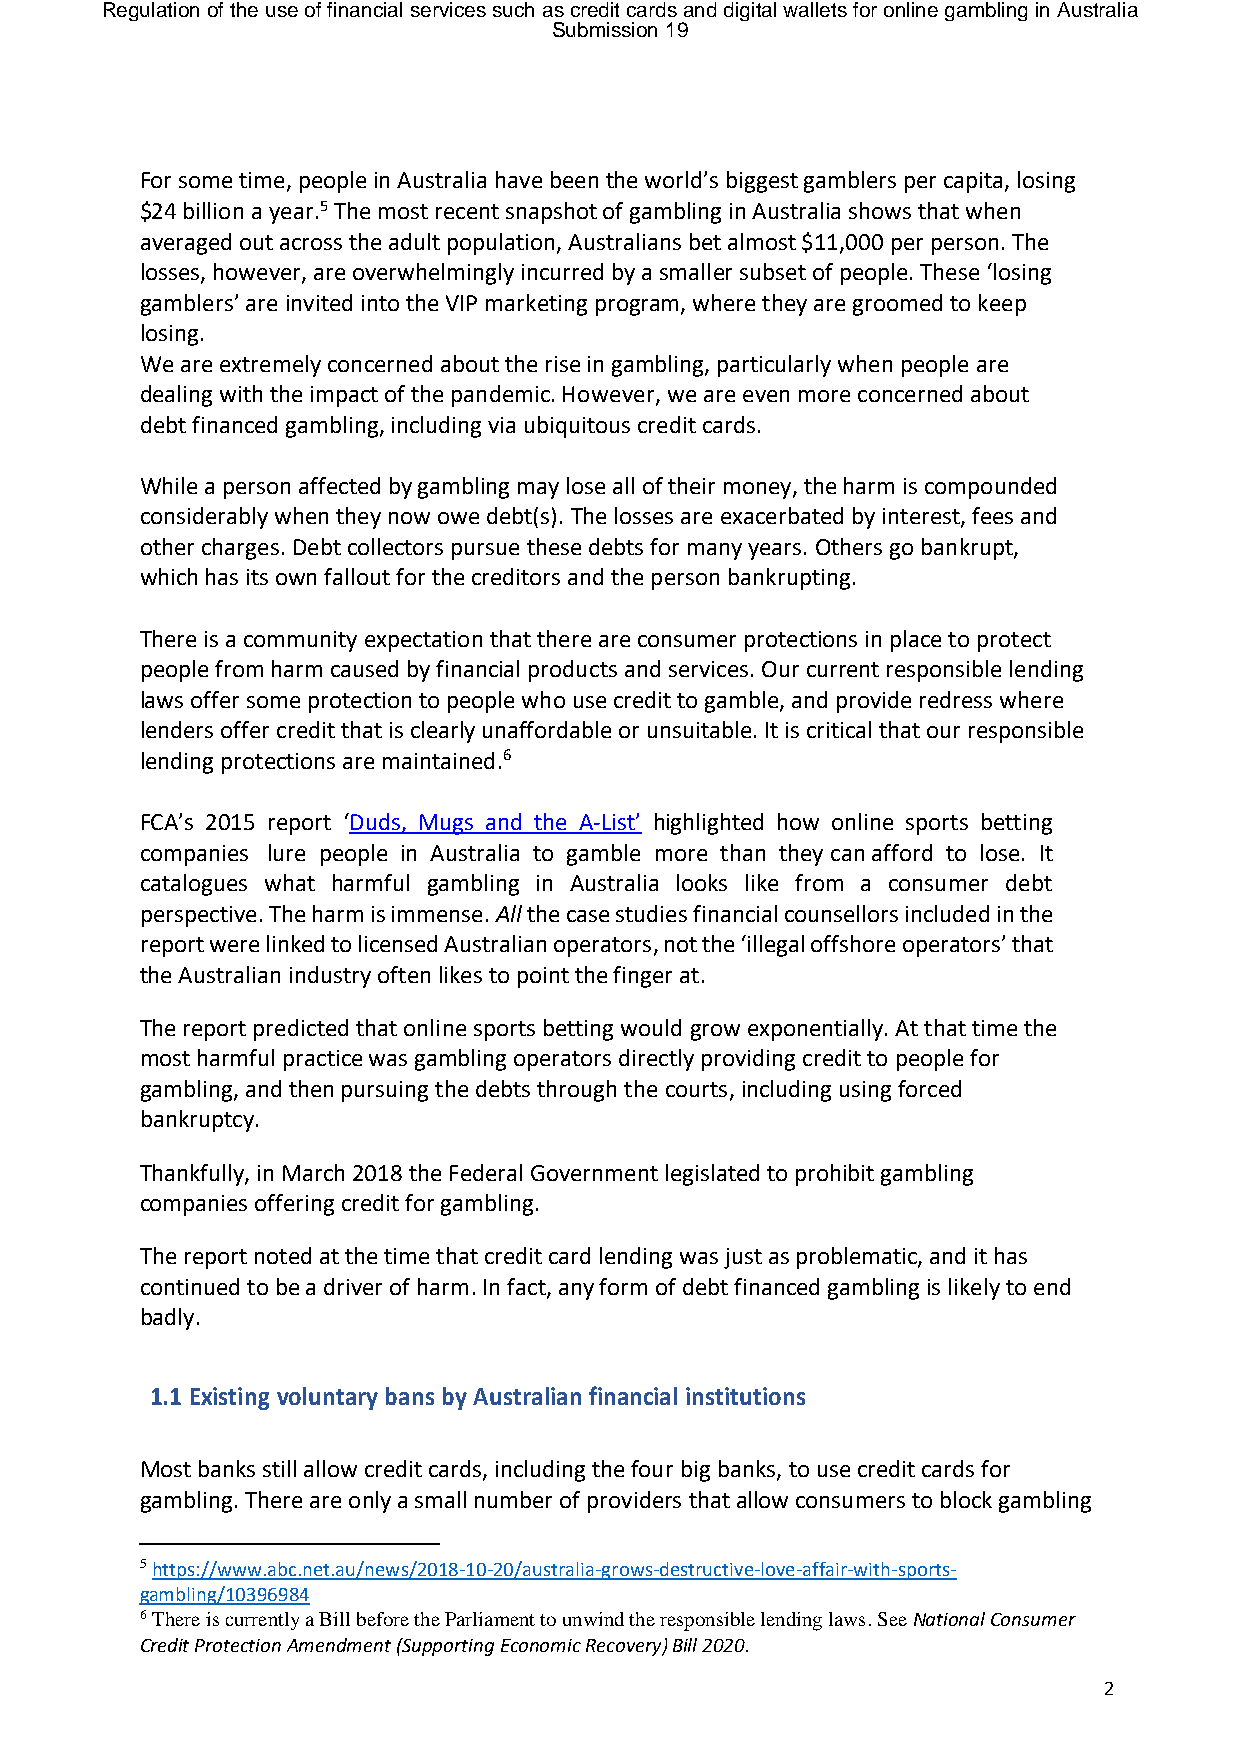
Regulation of the use of financial services such as credit cards and digital wallets for online gambling in Australia
 Submission 19
 For some time, people in Australia have been the world’s biggest gamblers per capita, losing
 $24 billion a year.5 The most recent snapshot of gambling in Australia shows that when
 averaged out across the adult population, Australians bet almost $11,000 per person. The
 losses, however, are overwhelmingly incurred by a smaller subset of people. These ‘losing
 gamblers’ are invited into the VIP marketing program, where they are groomed to keep
 losing.
 We are extremely concerned about the rise in gambling, particularly when people are
 dealing with the impact of the pandemic. However, we are even more concerned about
 debt financed gambling, including via ubiquitous credit cards.
 While a person affected by gambling may lose all of their money, the harm is compounded
 considerably when they now owe debt(s). The losses are exacerbated by interest, fees and
 other charges. Debt collectors pursue these debts for many years. Others go bankrupt,
 which has its own fallout for the creditors and the person bankrupting.
 There is a community expectation that there are consumer protections in place to protect
 people from harm caused by financial products and services. Our current responsible lending
 laws offer some protection to people who use credit to gamble, and provide redress where
 lenders offer credit that is clearly unaffordable or unsuitable. It is critical that our responsible
 lending protections are maintained.6
 FCA’s 2015 report ‘Duds, Mugs and the A-List’ highlighted how online sports betting
 companies lure people in Australia to gamble more than they can afford to lose. It
 catalogues what harmful gambling in Australia looks like from a consumer debt
 perspective. The harm is immense. All the case studies financial counsellors included in the
 report were linked to licensed Australian operators, not the ‘illegal offshore operators’ that
 the Australian industry often likes to point the finger at.
 The report predicted that online sports betting would grow exponentially. At that time the
 most harmful practice was gambling operators directly providing credit to people for
 gambling, and then pursuing the debts through the courts, including using forced
 bankruptcy.
 Thankfully, in March 2018 the Federal Government legislated to prohibit gambling
 companies offering credit for gambling.
 The report noted at the time that credit card lending was just as problematic, and it has
 continued to be a driver of harm. In fact, any form of debt financed gambling is likely to end
 badly.
 1.1 Existing voluntary bans by Australian financial institutions
 Most banks still allow credit cards, including the four big banks, to use credit cards for
 gambling. There are only a small number of providers that allow consumers to block gambling
 5 https://www.abc.net.au/news/2018-10-20/australia-grows-destructive-love-affair-with-sports-
 gambling/10396984
 6 There is currently a Bill before the Parliament to unwind the responsible lending laws. See National Consumer
 Credit Protection Amendment (Supporting Economic Recovery) Bill 2020.
 2